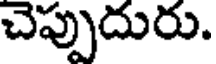
చెప్పుదురు.